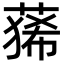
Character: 𮐑